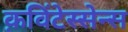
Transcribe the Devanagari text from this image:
क़विंटेस्सेन्स